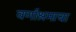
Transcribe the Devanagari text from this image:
वर्णाश्रमाचा